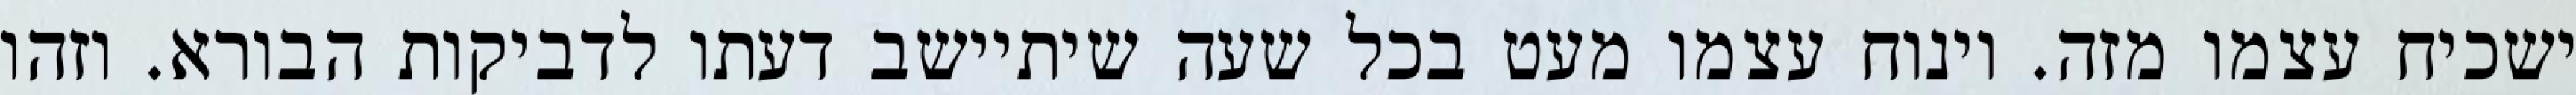
ישכיח עצמו מזה. וינוח עצמו מעט בכל שעה שיתיישב דעתו לדביקות הבורא. וזהו